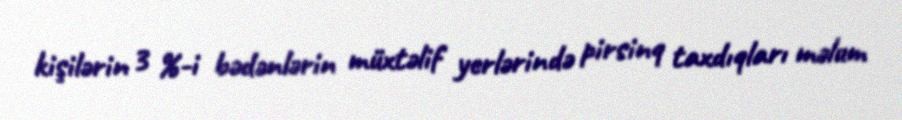
kişilərin 3 %-i bədənlərin müxtəlif yerlərində pirsinq taxdıqları məlum